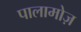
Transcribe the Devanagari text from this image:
पालामोज़